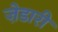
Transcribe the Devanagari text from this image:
ज़ेडारी